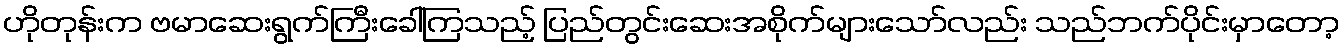
ဟိုတုန်းက ဗမာဆေးရွက်ကြီးခေါ်ကြသည့် ပြည်တွင်းဆေးအစိုက်များသော်လည်း သည်ဘက်ပိုင်းမှာတော့